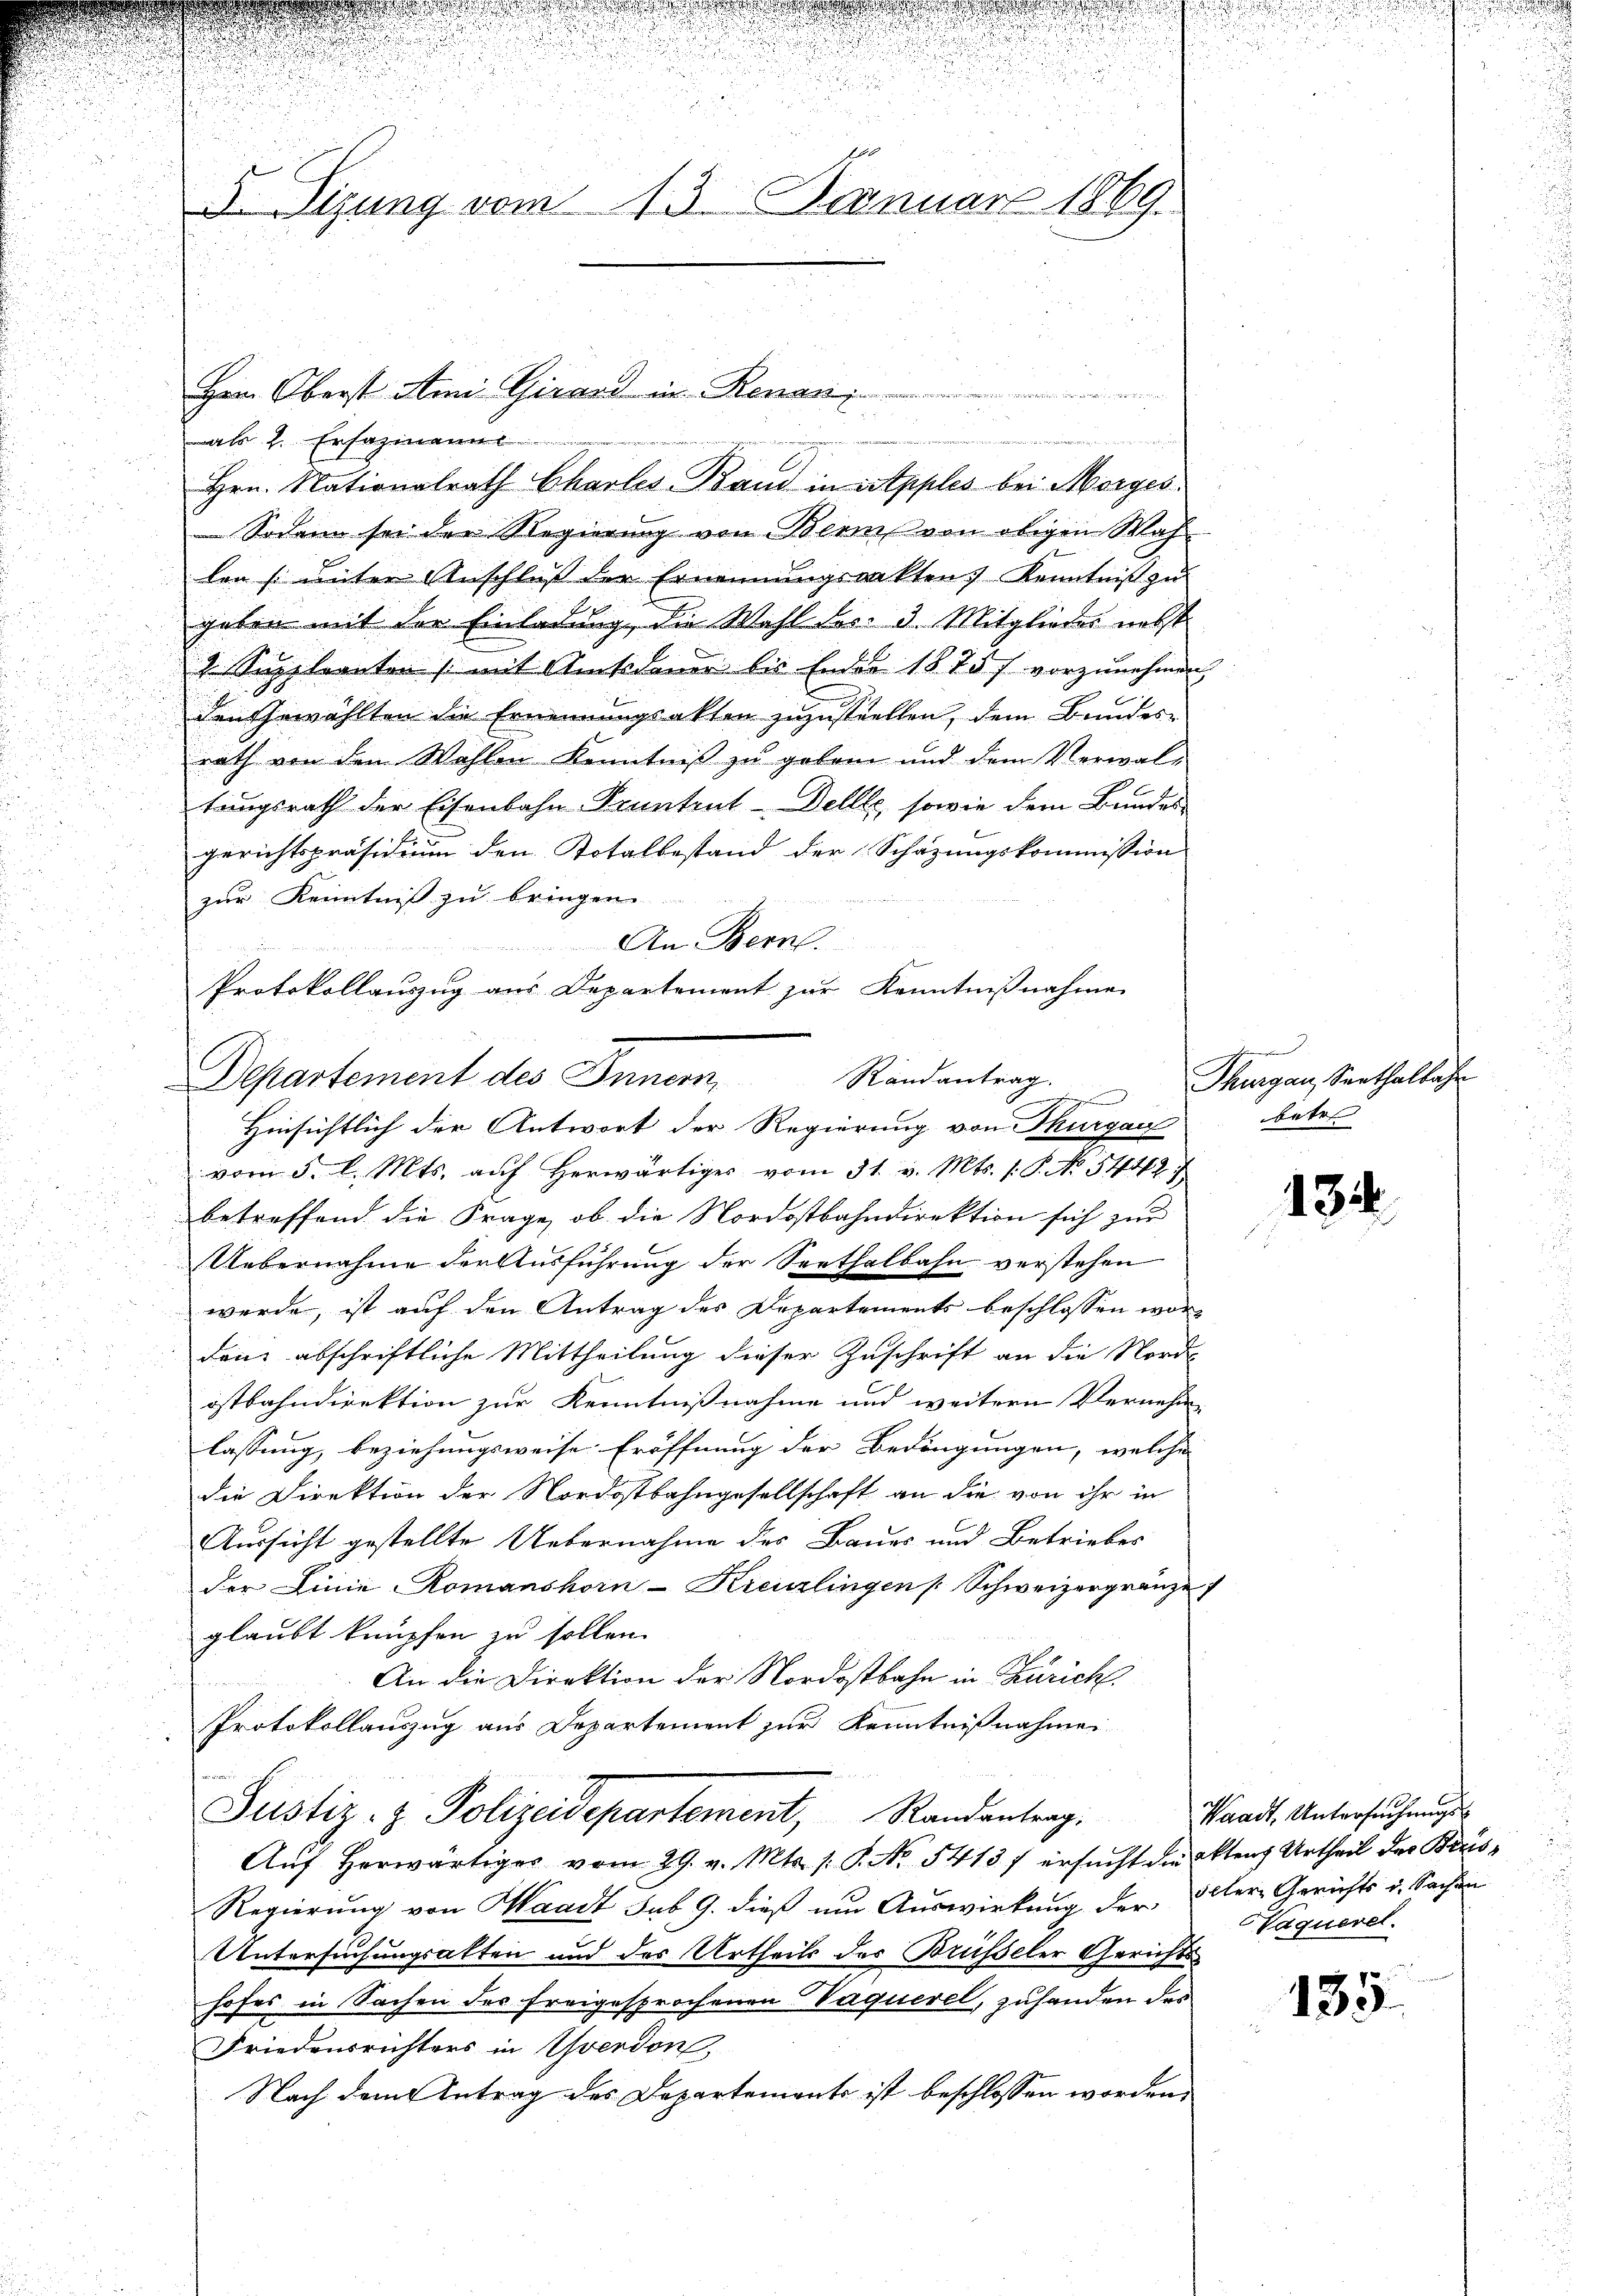
d

Sodann sei der Regierung von Bern von obigen Wah
len unter Anschluß der Ernennungsankten Kenntniß zu
u
gaben mit der Einladung, die Wahl des d. Mitglieder nebst
 Suppleanten (mit Amtsdauer bis Ende 1875 f vorzŭnehmen,

den Gewählten die Ernennungsakten zuzustellen, dem Bundes¬

rath von den Wahlen Kenntniß zu geben und dem Verwald
.
tungsrath der Eisenbahn Kenntent-Dellle, sowie dem Bundes
f.
gerichtspräsidium den Totalbestand der Schazungskommission
zur Kenntniß zu bringen.
.
An Bern.
Protokollauszug aus Departement zur Kenntnißnahme
Departement des Inner
Randantrag.
Hinsichtlich der Antwort der Regierung von Thurgau
vom 5. l. Mts. auf herwärtiges vom 31. v. Mts. 1. P. No 542.
betreffend die Frage, ob die Nordostbahndirektion sich zur
Uebernahme der Ausführung der Seethalbahn verstehen
werde, ist auf den Antrag des Departements beschlossen worden abschriftliche Mittheilung dieser Zuschrift an die Nord-
ostbahndirektion zur Kenntnißnahme und weitern Vernehm-
lassung, beziehungsweise Eröffnung der Bedingungen, welche
u
die Direktion der Nordostbahngesellschaft an die von ihr in
Aussicht gestellte Uebernahme des Bauer und Betriebes
der Linie Romanshorn-Kreuzlingen Schweizergränze
glaubt knüpfen zu sollen.
An die Direktion der Nordostbahn in Zürich.
Protokollauszug aus Departement zur Kenntnißnahme
Justiz- & Polizeidepartement, Randantrag.
Aŭf herwärtiges vom 29. v. Mts. /: P. No. 5413 f ersucht die Akten Urtheil des Beris¬
Regierung von Waadt sub. 9. dieß um Auswirkung der Aller Gerichts v. Sachen
Untersuchungsalten und des Urtheils der Brüsseler Gerichtshofes in Sachen des freigesprochenen Vaquerel, zuhanden des
Friedensrichters in Yverdon,
Nach dem Antrag des Departements ist beschlossen worden,

.

146
3. Sizung vom 13. Januar 1869.

Hern. Oberst Ami-Girard in Renan

 ziner mit werden, wenn wir in dieser
als 2. Ersatzmanne
Hrn. Nationalrath Charles Band in sitpples bei Morges

n

e
Thurgau, Senthalbahn
betr

134

Waadt, Untersuchungsaqueret.

133